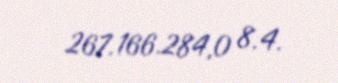
267.166.284,0 8.4.